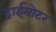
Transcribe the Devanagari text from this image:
ट्राईमोटर